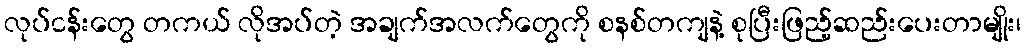
လုပ်ငန်းတွေ တကယ် လိုအပ်တဲ့ အချက်အလက်တွေကို စနစ်တကျနဲ့ စုပြီးဖြည့်ဆည်းပေးတာမျိုး၊